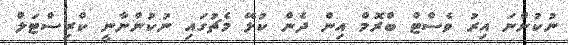
ނުކުންނަ އިރު ވެސްޓް ބްރޮމް އިން ދެން ކުޅޭ މެޗުގައި ނުކުންނާނީ ކްރިސްޓަލް